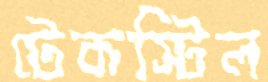
টেকস্টিল